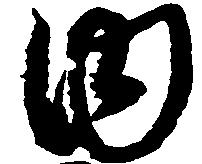
内